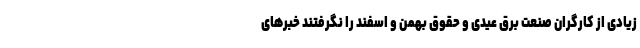
زیادی از کارگران صنعت برق عیدی و حقوق بهمن و اسفند را نگرفتند خبرهای